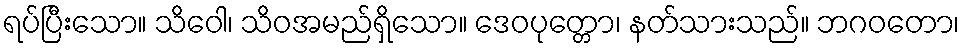
ရပ်ပြီးသော။ သိဝေါ၊ သိဝအမည်ရှိသော။ ဒေဝပုတ္တော၊ နတ်သားသည်။ ဘဂဝတော၊